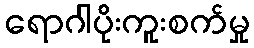
ရောဂါပိုးကူးစက်မှု